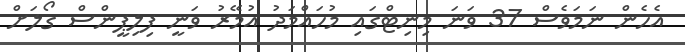
އެހެން ނަމަވެސް 37 ވަނަ މިނިޓްގައި މުހައްމަދު އުމޭރު ވަނީ ފިލިޕީންސް ގޯލަށް